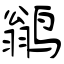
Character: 鹟